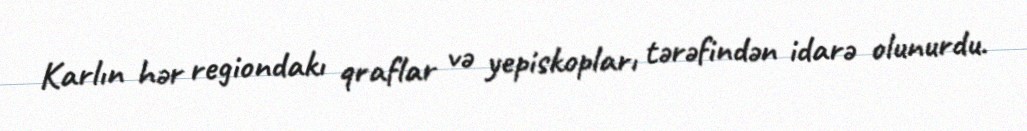
Karlın hər regiondakı qraflar və yepiskopları tərəfindən idarə olunurdu.